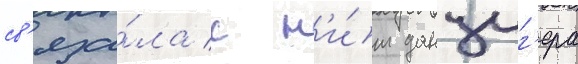
св'яза́ла с н'и́м данциг'ера